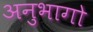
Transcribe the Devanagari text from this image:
अनुभागो